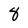
Character: 8